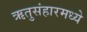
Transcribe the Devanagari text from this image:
ऋतुसंहारमध्ये